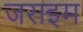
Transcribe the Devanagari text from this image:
जराइम